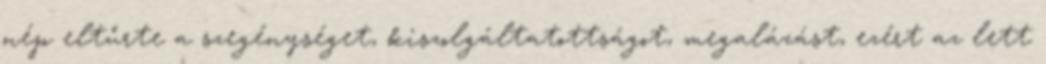
nép eltűrte a szegénységet, kiszolgáltatottságot, megalázást, ezért az lett